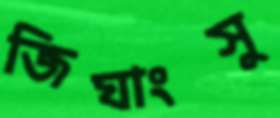
জিঘাংসু